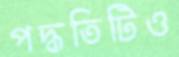
পদ্ধতিটিও